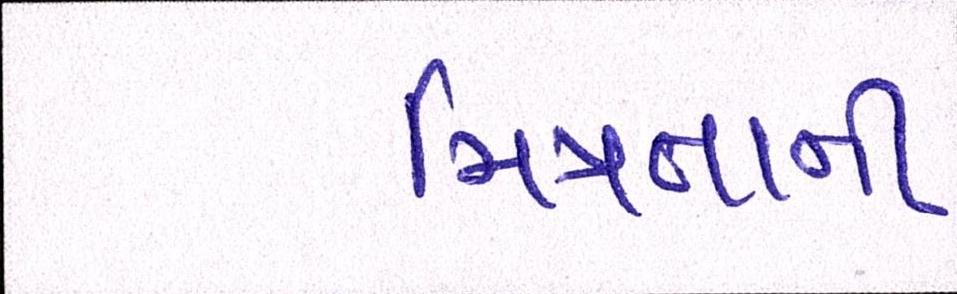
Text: મિત્રતાની